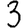
Digit: 3